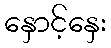
နှောင့်နှေး